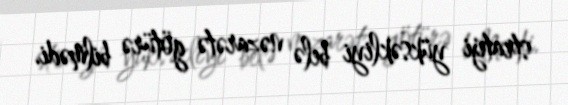
strateji yüksəkliyi belə nəzarətə götürə bilmədi.